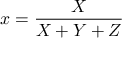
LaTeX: x = { \frac { X } { X + Y + Z } }